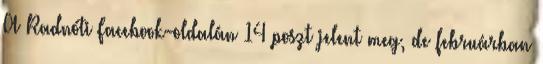
A Radnóti Facebook-oldalán 14 poszt jelent meg, de februárban